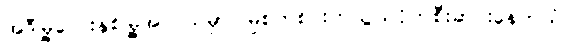
အဲဒီမြို့လေးနှစ်မြို့အလယ်မှာ မြစ်တစင်းကသွယ်ဝိုက်စီးဆင်းနေတယ်။